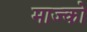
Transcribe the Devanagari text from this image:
माज्को